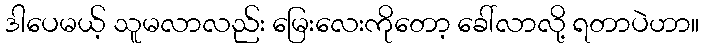
ဒါပေမယ့် သူမလာလည်း မြေးလေးကိုတော့ ခေါ်လာလို့ ရတာပဲဟာ။